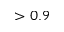
> 0 . 9